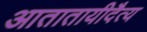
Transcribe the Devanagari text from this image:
आतातायीदैत्य